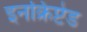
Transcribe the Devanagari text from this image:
इनक्रिप्टेड